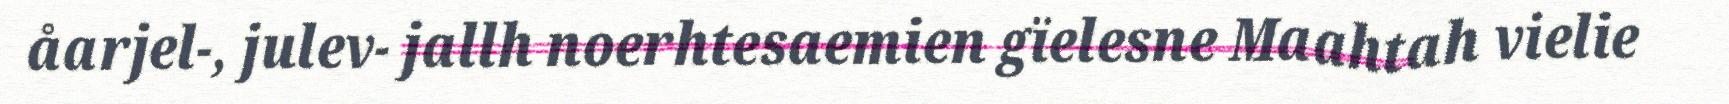
åarjel-, julev- jallh noerhtesaemien gïelesne Maahtah vielie